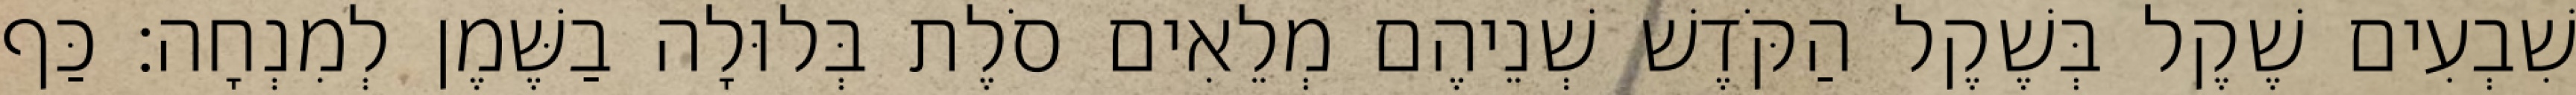
שִׁבְעִים שֶׁקֶל בְּשֶׁקֶל הַקֹּדֶשׁ שְׁנֵיהֶם מְלֵאִים סֹלֶת בְּלוּלָה בַשֶּׁמֶן לְמִנְחָה׃ כַּף